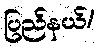
ပြည်နယ်/